Account of plague administration in the Bombay Presidency from September 1896 till May 1897
Year: 1896
Disease focus: Plague
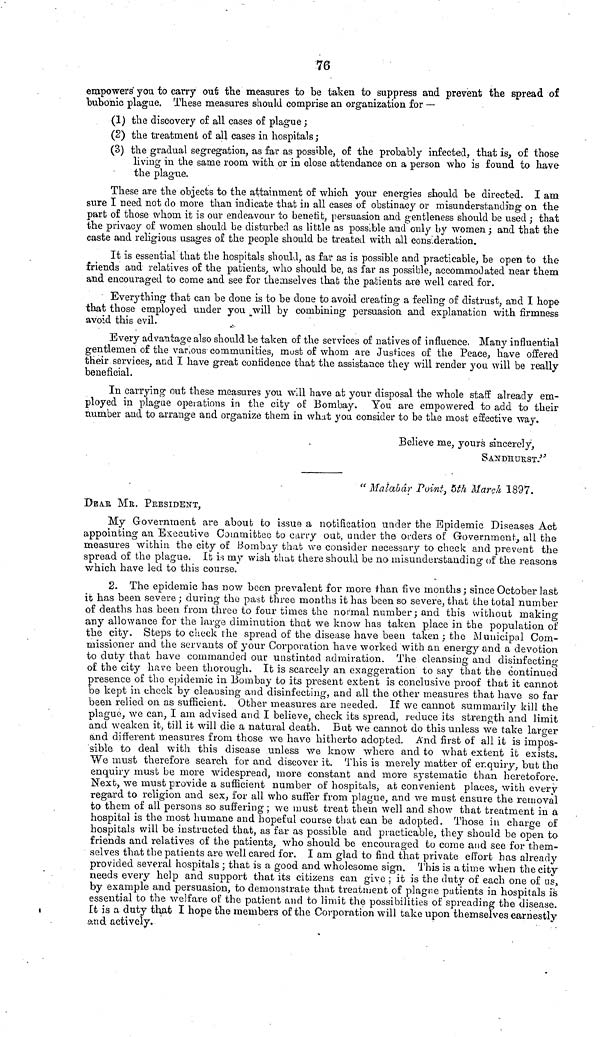
76
empowers you to cany out the measures to be taken to suppress and prevent the spread of
bubonic plague. These measures should comprise an organization for —
(1) the discovery of all cases of plague;
(2) the treatment of all cases in hospitals ;
(3) the gradual segregation, as far as possible, of the probably infected, that is, o£ those
living in the same room with or in close attendance on a person who is found to have
the plague.
These are the objects to the attainment of which your energies should be directed. I am
sure I need not do more than indicate that in all cases of obstinacy or misunderstanding on the
part of those whom it is our endeavour to benefit, persuasion and gentleness should be used ; that
the privacy of women should be disturbed as little as possible and only by women ; and that the
caste and religious usages of the people should be treated with all consideration.
It is essential that the hospitals should, as far as is possible and practicable, be open to the
friends and relatives of the patients, who should be, as far as possible, accommodated near them
and encouraged to come and see for themselves that the patients are well cared for.
Everything that can be done is to be done to avoid creating a feeling of distrust, and I hope
that those employed under you will by combining persuasion and explanation with firmness
avoid this evil.
Every advantage also should be taken of the services of natives of influence, Many influential
gentlemen of the various communities, most of whom are Justices of the Peace, have offered
their services, and I have great confidence that the assistance they will render you will be really
beneficial.
In carrying out these measures you will have at your disposal the whole staff already em-
ployed in plague operations in the city of Bombay. You are empowered to add to their
number and to arrange and organize them in what you consider to bo the most effective way.
Believe me, yours sincerely,
SANDHURST."
"Malabar Point, 5th March 1897.
DEAr MR. PRESIDENT,
My Government are about to issue a notification under the Epidemic Diseases Act
appointing an Executive Committee to carry out, under the orders of Government, all the
measures within the city of Bombay that we consider necessary to check and prevent the
spread of the plague. It is my wish that there should be no misunderstanding of the reasons
which have led to this course.
2. The epidemic has now been prevalent for more than five months; since October last
it has been severe ; during the past three months it has been so severe, that the total number
of deaths has been from three to four times the normal number; and this without making
any allowance for the large diminution that we know has taken place in the population of
the city. Steps to check the spread of the disease have been taken ; the Municipal Com-
missioner and the servants of your Corporation have worked with an energy and a devotion
to duty that have commanded our unstinted admiration. The cleansing and disinfecting
of the city have been thorough. It is scarcely an exaggeration to say that the continued
presence of the epidemic in Bombay to its present extent is conclusive proof that it cannot
be kept in check by cleansing and disinfecting, and all the other measures that have so far
been relied on as sufficient. Other measures are needed. If we cannot summarily kill the
plague, we can, I am advised and I believe, check its spread, reduce its strength and limit
and weaken it, till it will die a natural death. But we cannot do this unless we take larger
and different measures from those we have hitherto adopted. And first of all it is impos-
sible to deal with this disease unless we know where and to what extent it exists.
We must therefore search for and discover it. This is merely matter of enquiry, but the
enquiry must be more widespread, more constant and more systematic than heretofore.
Next, we must provide a sufficient number of hospitals, at convenient places, with every
regard to religion and sex, for all who suffer from plague, and we must ensure the removal
to them of all persons so suffering ; we must treat them well and show that treatment in a
hospital is the most humane and hopeful course that can be adopted. Those in charge of
hospitals will be instructed that, as far as possible and practicable, they should be open to
friends and relatives of the patients, who should be encouraged to come and see for them-
selves that the patients are well cared for. I am glad to find that private effort has already
provided several hospitals ; that is a good and wholesome sign. This is a time when the city
needs every help and support that its citizens can give ; it is the duty of each one of us,
by example and persuasion, to demonstrate that treatment of plague patients in hospitals is
essential to the welfare of the patient and to limit the possibilities of spreading the disease.
It is a duty that I hope the members of the Corporation will take upon themselves earnestly
and actively.